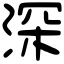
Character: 深